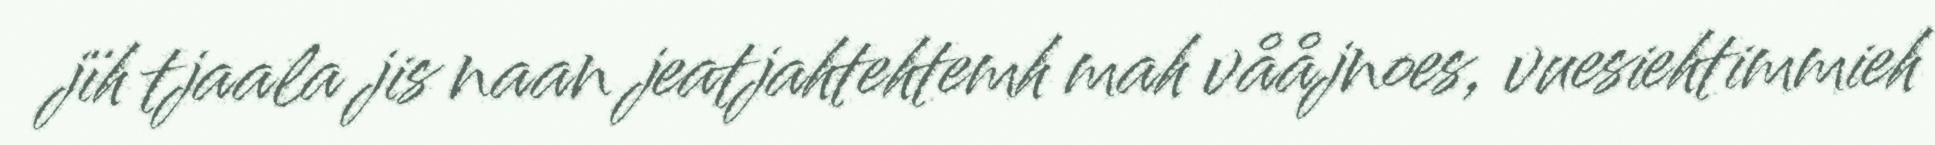
jïh tjaala jis naan jeatjahtehtemh mah vååjnoes, vuesiehtimmieh